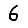
Digit: 6